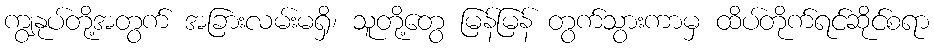
ကျွနုပ်တို့အတွက် အခြားလမ်းမရှိ၊ သူတို့တွေ မြန်မြန် တွက်သွားကာမှ ထိပ်တိုက်ရင်ဆိုင်စရာ